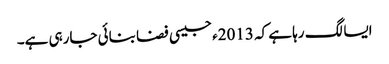
ایسا لگ رہا ہے کہ 2013ء جیسی فضا بنائی جارہی ہے۔